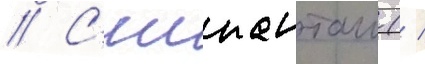
// С'иипанташ ( /